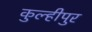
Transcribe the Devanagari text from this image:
कुल्हीपुर